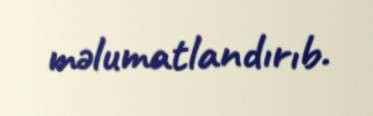
məlumatlandırıb.